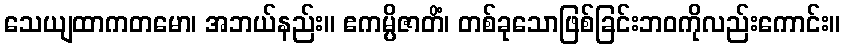
သေယျထာကတမော၊ အဘယ်နည်း။ ဧကမ္ပိဇာတိံ၊ တစ်ခုသောဖြစ်ခြင်းဘဝကိုလည်းကောင်း။